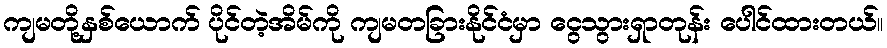
ကျမတို့နှစ်ယောက် ပိုင်တဲ့အိမ်ကို ကျမတခြားနိုင်ငံမှာ ငွေသွားရှာတုန်း ပေါင်ထားတယ်။